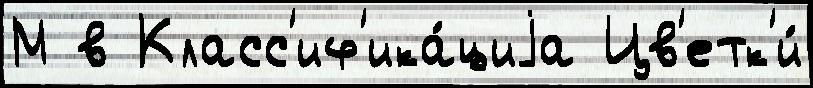
М в Класс'иф'ика́циjа Цв'етк'и́